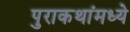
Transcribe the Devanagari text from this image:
पुराकथांमध्ये